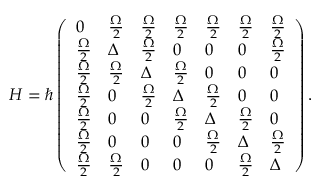
H = \hbar \left( \begin{array} { l l l l l l l } { 0 } & { \frac { \Omega } { 2 } } & { \frac { \Omega } { 2 } } & { \frac { \Omega } { 2 } } & { \frac { \Omega } { 2 } } & { \frac { \Omega } { 2 } } & { \frac { \Omega } { 2 } } \\ { \frac { \Omega } { 2 } } & { \Delta } & { \frac { \Omega } { 2 } } & { 0 } & { 0 } & { 0 } & { \frac { \Omega } { 2 } } \\ { \frac { \Omega } { 2 } } & { \frac { \Omega } { 2 } } & { \Delta } & { \frac { \Omega } { 2 } } & { 0 } & { 0 } & { 0 } \\ { \frac { \Omega } { 2 } } & { 0 } & { \frac { \Omega } { 2 } } & { \Delta } & { \frac { \Omega } { 2 } } & { 0 } & { 0 } \\ { \frac { \Omega } { 2 } } & { 0 } & { 0 } & { \frac { \Omega } { 2 } } & { \Delta } & { \frac { \Omega } { 2 } } & { 0 } \\ { \frac { \Omega } { 2 } } & { 0 } & { 0 } & { 0 } & { \frac { \Omega } { 2 } } & { \Delta } & { \frac { \Omega } { 2 } } \\ { \frac { \Omega } { 2 } } & { \frac { \Omega } { 2 } } & { 0 } & { 0 } & { 0 } & { \frac { \Omega } { 2 } } & { \Delta } \end{array} \right) .